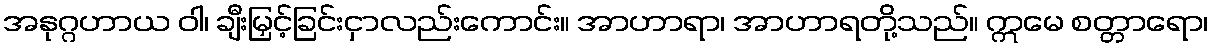
အနုဂ္ဂဟာယ ဝါ၊ ချီးမြှင့်ခြင်းငှာလည်းကောင်း။ အာဟာရာ၊ အာဟာရတို့သည်။ ဣမေ စတ္တာရော၊